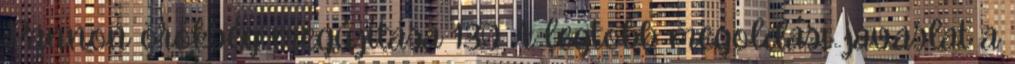
Pannon örökség megújítása 130 A legtöbb megoldási javaslat a